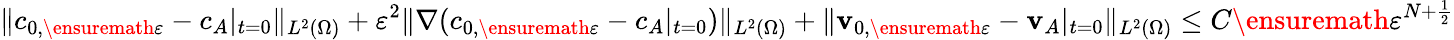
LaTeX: \| c_{0,\ensuremath{\varepsilon}}-c_{A}|_{t=0}\| _{L^{2}(\Omega)}+\varepsilon^{2}\| \nabla(c_{0,\ensuremath{\varepsilon}}-c_{A}|_{t=0})\| _{L^{2}(\Omega)}+\| \mathbf{v}_{0,\ensuremath{\varepsilon}}-\mathbf{v}_{A}|_{t=0}\| _{L^{2}(\Omega)}\leq C\ensuremath{\varepsilon}^{N+\frac 12}